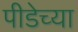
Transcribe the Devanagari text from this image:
पीडेच्या